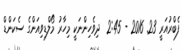
ފެބްރުއަރީ 23